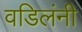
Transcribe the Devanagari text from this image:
वडिलंनी